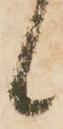
候